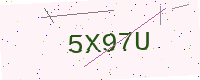
Text: 5X97U